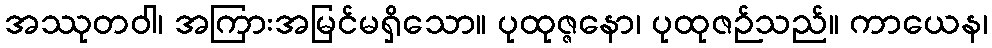
အဿုတဝါ၊ အကြားအမြင်မရှိသော။ ပုထုဇ္ဇနော၊ ပုထုဇဉ်သည်။ ကာယေန၊